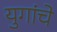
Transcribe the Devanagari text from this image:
युगांचे